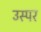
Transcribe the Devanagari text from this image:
उस्पर